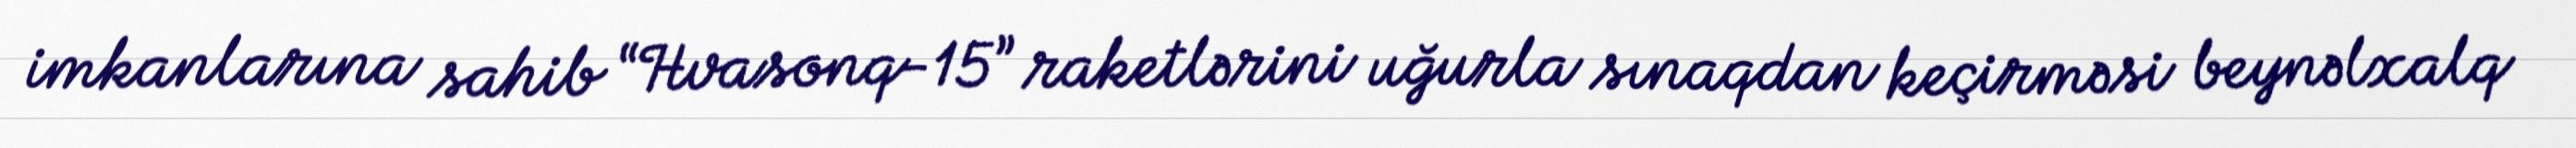
imkanlarına sahib “Hvasonq-15” raketlərini uğurla sınaqdan keçirməsi beynəlxalq